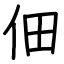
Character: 佃